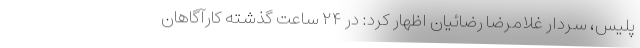
پلیس، سردار غلامرضا رضائیان اظهار کرد: در ۲۴ ساعت گذشته کارآگاهان